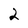
Character: 2